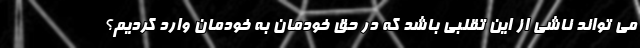
می تواند ناشی از این تقلبی باشد که در حق خودمان به خودمان وارد کردیم؟